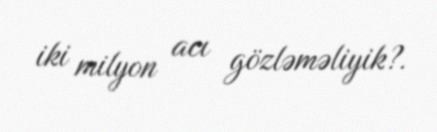
iki milyon acı gözləməliyik?.